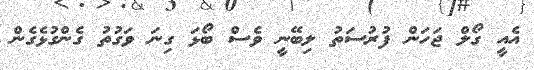
އެއީ ގޯލް ޖަހަން ފުރުސަތު ލިބޭނީ ވެސް ބޯޅަ ގިނަ ވަގުތު ގެންގުޅެގެން